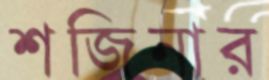
শজিনার